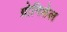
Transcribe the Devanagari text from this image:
ग्रोमिशेल